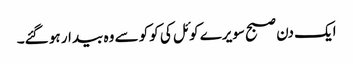
ایک دن صبح سویرے کوئل کی کوکو سے وہ بیدار ہو گئے۔